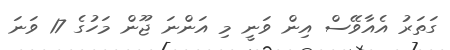
ގަތަރު އެއާވޭސް އިން ވަނީ މި އަންނަ ޖޫން މަހުގެ 17 ވަނަ